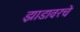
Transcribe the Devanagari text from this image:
झाडावरचे